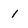
Character: 1